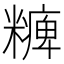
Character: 𥽅